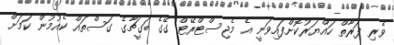
ވެރި ފަރާތް ހައްޔަރުކޮށްފައިވަނީ އެ މެޖިސްޓްރޭޓް ގޭގެ ބަގީޗާގެ ގަސްތައް ކެއުމުން ކަމަށް